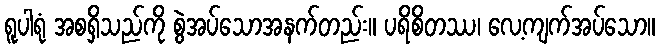
ရူပါရုံ အစရှိသည်ကို စွဲအပ်သောအနက်တည်း။ ပရိစိတဿ၊ လေ့ကျက်အပ်သော။